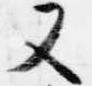
又